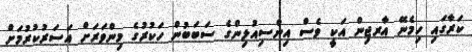
ކަރާގައި ހިމެނޭ އާރޖިން އަކީ ވެސް އިންސިއުލިންގެ ސަބަބުން ހަކުރުގެ މިންވަރަށް އަސަރުކުރުމަށް